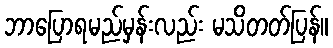
ဘာပြောရမည်မှန်းလည်း မသိတတ်ပြန်။